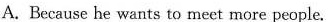
A.Because he wants to meet more people.